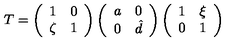
T = \left( \begin{array} { c c } { 1 } & { 0 } \\ { \zeta } & { 1 } \\ \end{array} \right) \left( \begin{array} { c c } { a } & { 0 } \\ { 0 } & { \hat { d } } \\ \end{array} \right) \left( \begin{array} { c c } { 1 } & { \xi } \\ { 0 } & { 1 } \\ \end{array} \right)